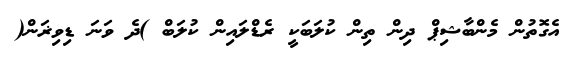
އެގޮތުން މެންބާޝިޕް ދިން ތިން ކުލަބަކީ ރެޑްލައިން ކުލަބް )ދެ ވަނަ ޑިވިޜަން(